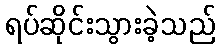
ရပ်ဆိုင်းသွားခဲ့သည်